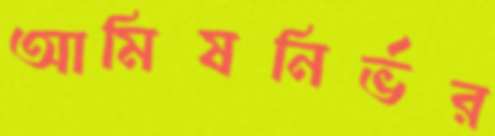
আমিষনির্ভর